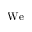
\mathrm { W e }